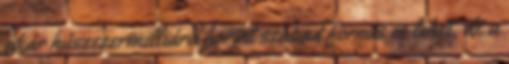
akár húszezermilliárd forint szabad forrás is lehet, de a